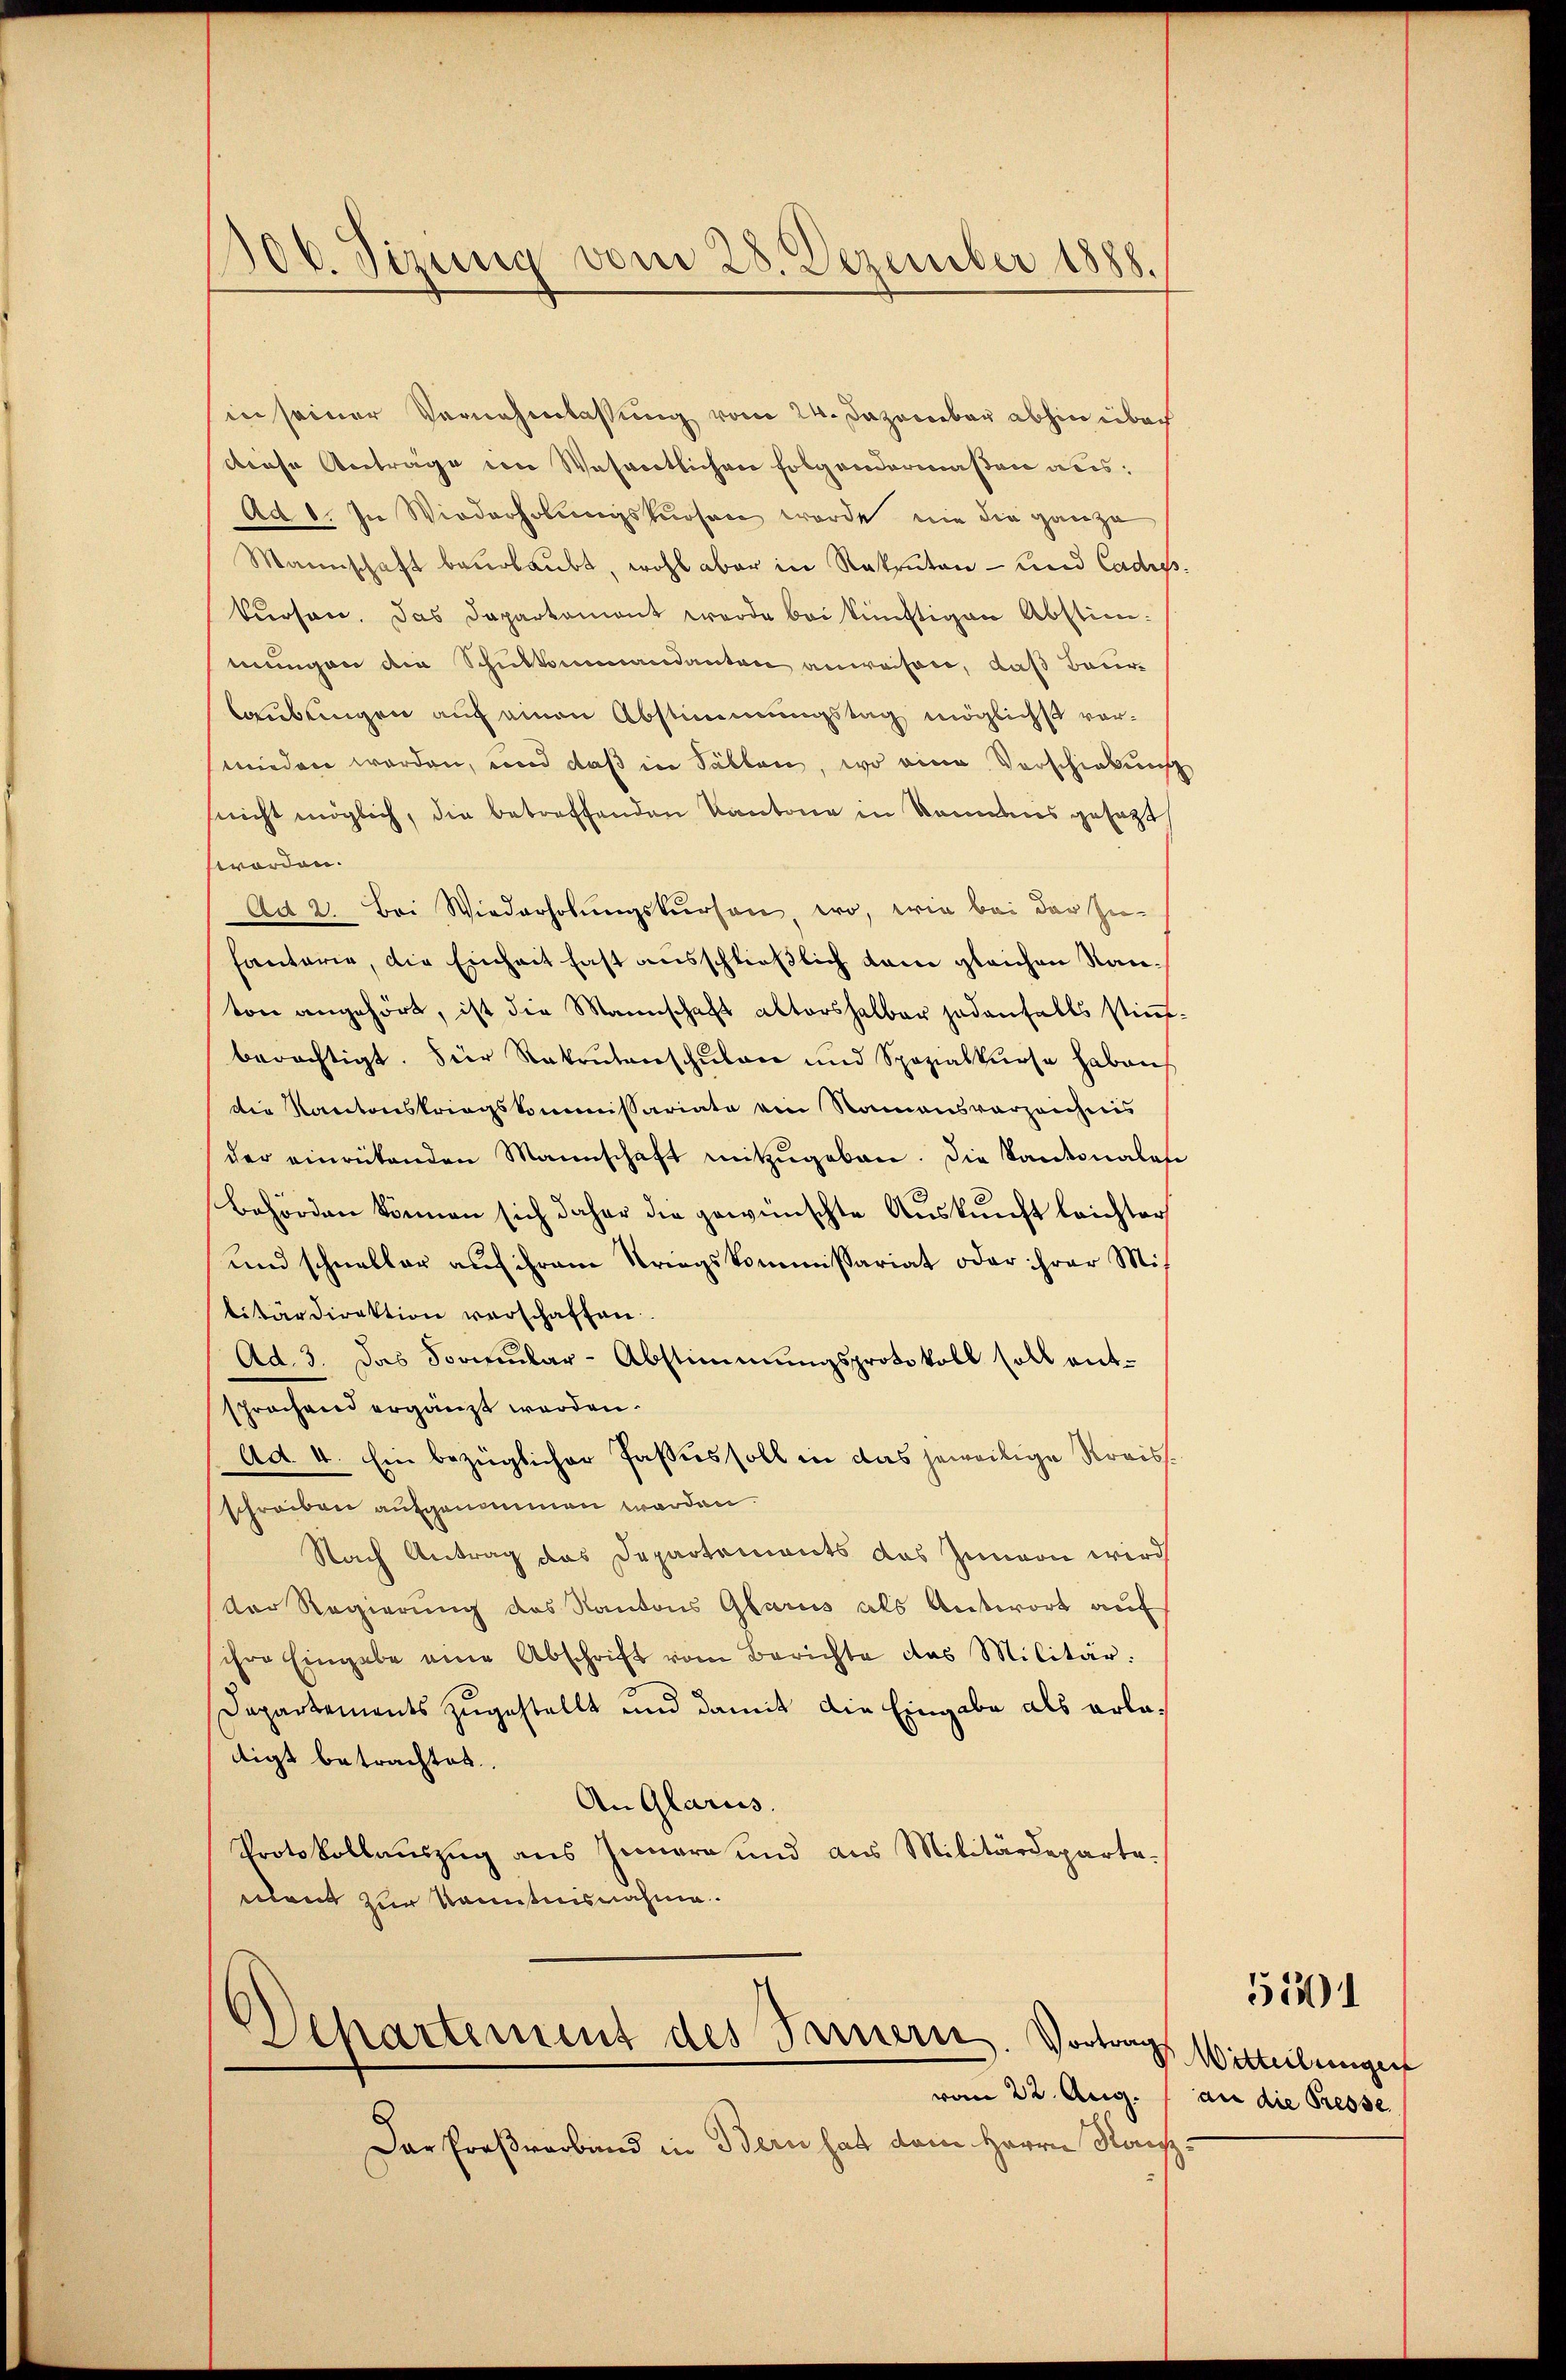
300. Sizung vom 28. Dezember 1888.

in seiner Vernehmlassung vom 24. Dezember abhin über
diese Anträge von Wesentlichen folgendermaßen aus:
Ad 1. In Wiederholungskursen wurde nie die ganze
Mannschaft beurlaubt, wohl aber in Rekruten - und Cadres.
kursen. Das Departamont werde bei künftigen Abstimmungen die Schulkommandanten anwesen, daß Baurlaubungen auch einen Abstimmungstag möglichst vorwieden worden, und daß in Fällen, wo eine Verschickung
suicht möglich, die betreffenden Kantone in kommens gesetzt
worden.
Ad 2. Bei Wiederholŭngskurson, wo, wie bei der Zu-
hantarie, die Einheit fast ausschließlich kam gleichen Kanton angehört, ist die Mannschaft altershalber jedenfalls stim-
berächtigt. Für Rekrutenschŭlan und Spezialkurse haben
die Kantonskriegskommissariate ein Namensverzeichnis
der einrükenden Mannschaft mitzŭgeben. Die Kantonales
Behörden können sich daher die gewünschte Auskunft leichter
und schneller auf ihrem Kriegskommissariat oder ihrer Mis
litärdirektion verschaffen.
Ad. 3. Das Formŭlar-Abstimmungsprotokoll soll ent-
sprochend ergänzt werden.
Ad 4. Ein bezüglicher Passus soll in das jeweilige Streissschreiben aufgenommen werden.
Nach Antrag das Departements das Innern wird
der Regierung des Kantons Glarus als Antwort auf
ihre Eingabe eine Abschrift vom Berichte das Militär.
Departements zugestellt und damit die Eingabe als erlatigt betrachtet.
An Glarus.
Protokollauszug aus Innern und aus Militärdeparte-
ment zur Kenntnisnahme.

Departement des Farnern. Vortrags Witteilungen

Dar Proßvarband in Bern hat dem Herrn Kanz¬

vom 22. Aug. an die Presse

5301